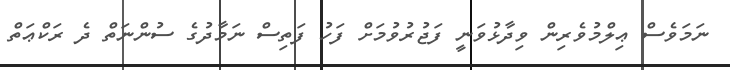
ނަމަވެސް ޢިލްމުވެރިން ވިދާޅުވަނީ ފަޖުރުވުމަށް ފަހު ފަތިސް ނަމާދުގެ ސުންނަތް ދެ ރަކްޢަތް